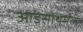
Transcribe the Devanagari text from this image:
आइसोथर्मल